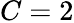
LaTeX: C=2